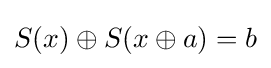
S(x)\oplus S(x\oplus a)=b